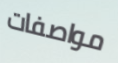
مواصفات